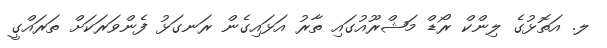
ލ. އަތޮޅުގެ ލިންކް ރޯޑް މަޝްރޫއުގައި ތާރު އަޅައިގެން ރަނގަޅު ފެންވަރަކަށް ތަރައްގީ